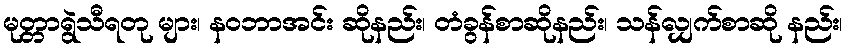
မုတ္တာရွဲသီရတု များ၊ နဝဘာအင်း ဆိုနည်း၊ တံခွန်စာဆိုနည်း၊ သန်လျှက်စာဆို နည်း၊